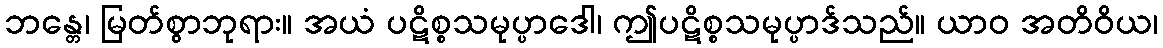
ဘန္တေ၊ မြတ်စွာဘုရား။ အယံ ပဋိစ္စသမုပ္ပာဒေါ၊ ဤပဋိစ္စသမုပ္ပာဒ်သည်။ ယာဝ အတိဝိယ၊